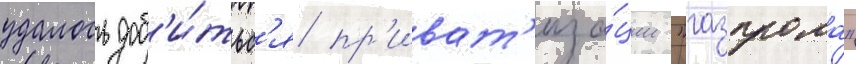
удалось доб'и́тьс'я пр'иват'иза́ции "газпрома"